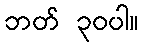
ဘတ် ၃၀ပါ။